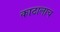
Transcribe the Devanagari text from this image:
काठालाच